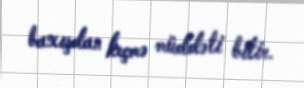
baxışdan keçmə müddəti bitir.